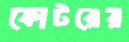
কোটরের